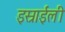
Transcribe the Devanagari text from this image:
इस्राईली